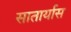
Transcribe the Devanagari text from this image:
सातार्यास